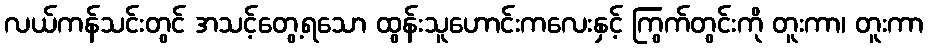
လယ်ကန်သင်းတွင် အသင့်တွေ့ရသော ထွန်းသူဟောင်းကလေးနှင့် ကြွက်တွင်းကို တူးကာ၊ တူးကာ